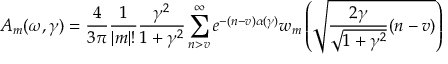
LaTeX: A _ { m } ( \omega , \gamma ) = { \frac { 4 } { 3 \pi } } { \frac { 1 } { | m | ! } } { \frac { \gamma ^ { 2 } } { 1 + \gamma ^ { 2 } } } \sum _ { n > v } ^ { \infty } e ^ { - ( n - v ) \alpha ( \gamma ) } w _ { m } \left( { \sqrt { { \frac { 2 \gamma } { \sqrt { 1 + \gamma ^ { 2 } } } } ( n - v ) } } \right)